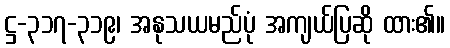
ဋ္ဌ-၃၁၇-၃၁၉၊ အနုသယမည်ပုံ အကျယ်ပြဆို ထား၏။